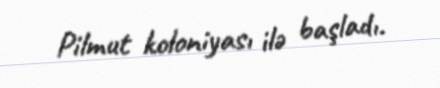
Pilmut koloniyası ilə başladı.